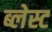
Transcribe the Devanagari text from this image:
ब्लेस्ट